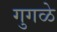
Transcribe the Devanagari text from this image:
गुगळे